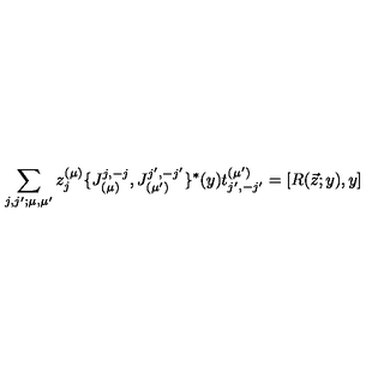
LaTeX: \sum _ { j , j ^ { \prime } ; \mu , \mu ^ { \prime } } z _ { j } ^ { ( \mu ) } \{ J _ { ( \mu ) } ^ { j , - j } , J _ { ( \mu ^ { \prime } ) } ^ { j ^ { \prime } , - j ^ { \prime } } \} ^ { * } ( y ) t _ { j ^ { \prime } , - j ^ { \prime } } ^ { ( \mu ^ { \prime } ) } = [ R ( \vec { z } ; y ) , y ]